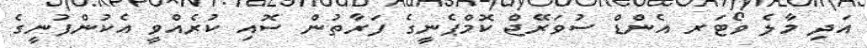
އަދި މާލެ ވޯޓަރ އެންޑް ސުވަރޭޖް ކޮމްޕެނީގެ ފަރާތުން ސޮއި ކުރެއްވީ އެކުންފުނީގެ